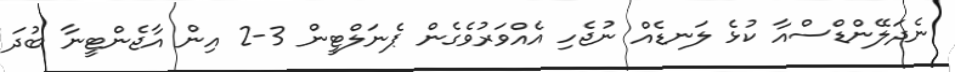
ނެދަލޭންޑްސްއާ ކުޅެ ލަނޑެއް ނުޖެހި އެއްވަރުވެގެން ޕެނަލްޓީން 3-2 އިން އާޖެންޓީނާ ބުދަ